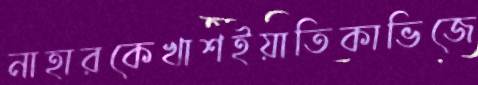
নাহারকেখাশইয়াতিকাভিজে